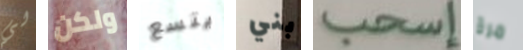
لي ولكن يتسع بني إسحب مرة